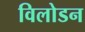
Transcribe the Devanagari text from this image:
विलोडन